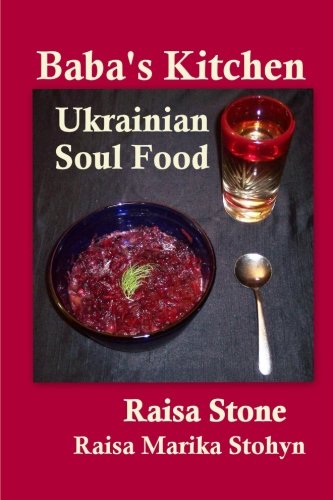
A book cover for Baba's Kitchen: Ukrainian Soul Food with Stories From the Village; Raisa Stone; Cookbooks, Food & Wine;